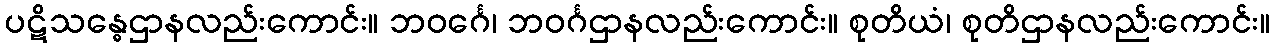
ပဋိသန္ဓေဌာနလည်းကောင်း။ ဘဝင်္ဂေ၊ ဘဝင်္ဂဌာနလည်းကောင်း။ စုတိယံ၊ စုတိဌာနလည်းကောင်း။